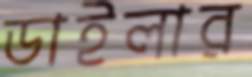
ডাইলার